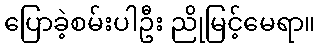
ပြောခဲ့စမ်းပါဦး ညိုမြင့်မေရာ။